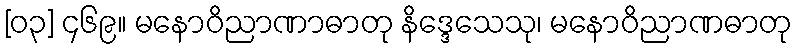
[၀၃] ၄၆၉။ မနောဝိညာဏာဓာတု နိဒ္ဒေသေသု၊ မနောဝိညာဏဓာတု